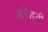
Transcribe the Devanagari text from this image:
बरेहवी